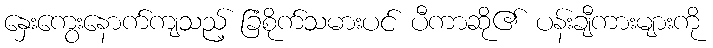
နှေးကွေးနောက်ကျသည့် ခြံစိုက်သမားပင် ပီကာဆို၏ ပန်းချီကားများကို